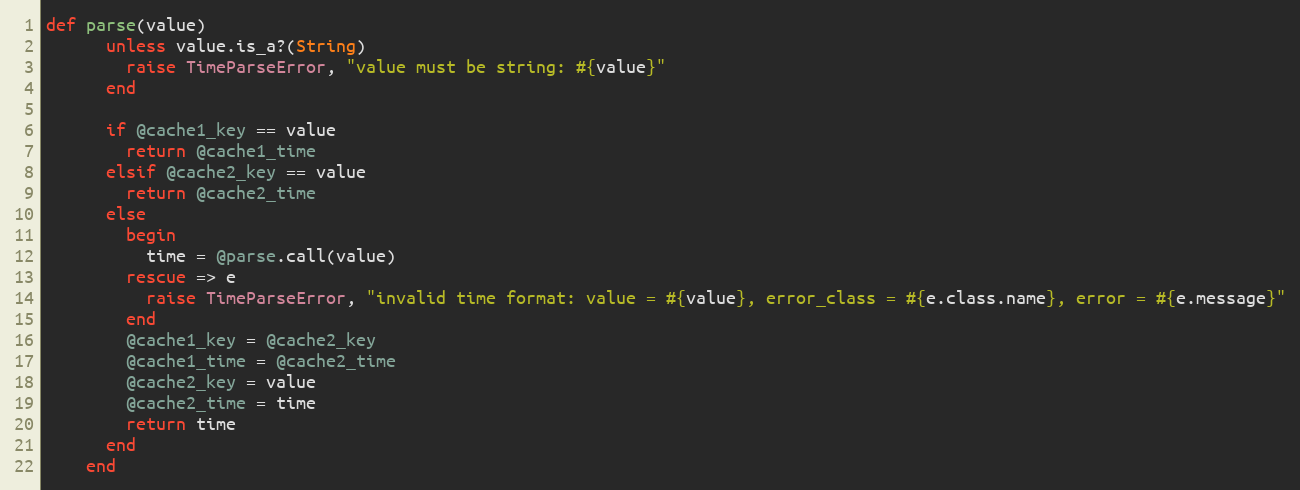
Language: Ruby
def parse(value)
      unless value.is_a?(String)
        raise TimeParseError, "value must be string: #{value}"
      end

      if @cache1_key == value
        return @cache1_time
      elsif @cache2_key == value
        return @cache2_time
      else
        begin
          time = @parse.call(value)
        rescue => e
          raise TimeParseError, "invalid time format: value = #{value}, error_class = #{e.class.name}, error = #{e.message}"
        end
        @cache1_key = @cache2_key
        @cache1_time = @cache2_time
        @cache2_key = value
        @cache2_time = time
        return time
      end
    end